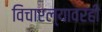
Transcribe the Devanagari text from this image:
विचारल्यावरही